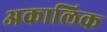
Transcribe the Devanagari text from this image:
अकालिक